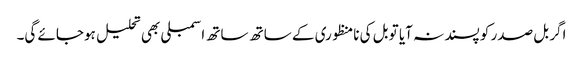
اگر بل صدر کو پسند نہ آیا تو بل کی نامنظوری کے ساتھ ساتھ اسمبلی بھی تحلیل ہوجائے گی۔